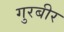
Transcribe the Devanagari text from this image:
गुरबीर